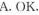
A. OK.